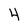
Character: 4